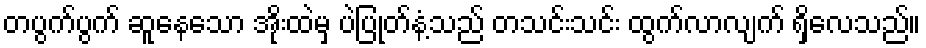
တပွက်ပွက် ဆူနေသော အိုးထဲမှ ပဲပြုတ်နံ့သည် တသင်းသင်း ထွက်လာလျက် ရှိလေသည်။